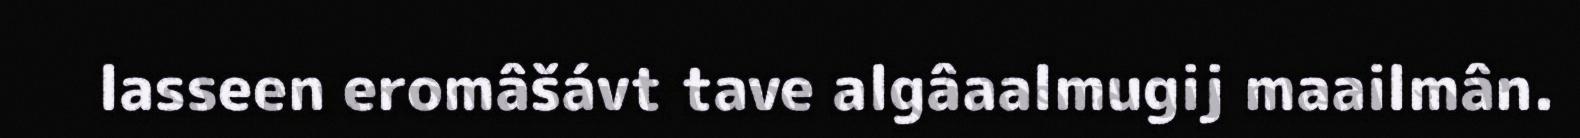
lasseen eromâšávt tave algâaalmugij maailmân.